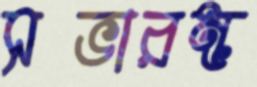
সভারম্ভ